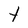
Character: t